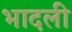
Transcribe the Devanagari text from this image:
भादली